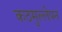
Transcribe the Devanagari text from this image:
कठमुल्लेपन